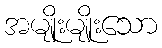
အမျိုးမျိုးသော